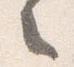
之